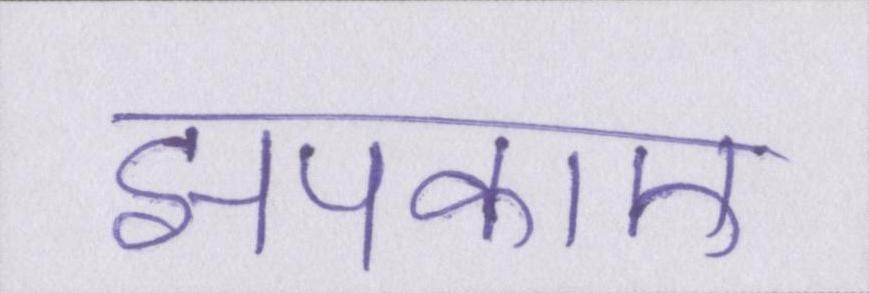
झपकाए